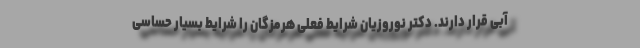
آبی قرار دارند. دکتر نوروزیان شرایط فعلی هرمزگان را شرایط بسیار حساسی